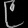
Digit: ၉